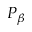
P _ { \beta }